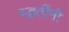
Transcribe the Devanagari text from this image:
पद्घतींनी